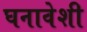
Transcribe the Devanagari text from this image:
घनावेशी